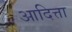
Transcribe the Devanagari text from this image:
आदित्ता